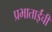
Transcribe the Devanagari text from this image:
प्रभाताईंची